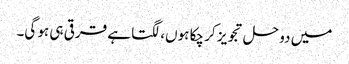
میں دو حل تجویز کر چکا ہوں، لگتا ہے قرقی ہی ہو گی۔